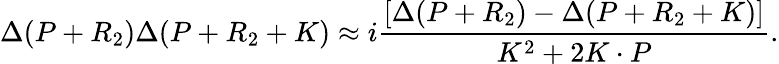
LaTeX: \Delta(P+R_{2})\Delta(P+R_{2}+K)\approx i\frac{[\Delta(P+R_{2})-\Delta(P+R_{2}+K)]}{K^{2}+2K\cdot P}.